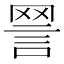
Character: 𧧧